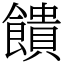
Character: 饋